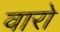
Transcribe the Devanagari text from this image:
वारो